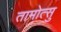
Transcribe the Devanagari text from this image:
तामोत्सु